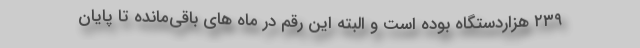
۲۳۹ هزاردستگاه بوده است و البته این رقم در ماه های باقی‌مانده تا پایان